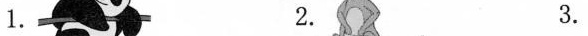
1. 2. 3.